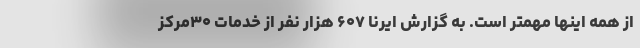
از همه اینها مهمتر است. به گزارش ایرنا ۶۰۷ هزار نفر از خدمات ۳۰مرکز